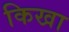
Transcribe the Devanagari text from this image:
किखा